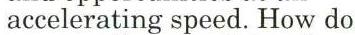
accelerating speed. How do